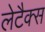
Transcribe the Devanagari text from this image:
लेटैक्स